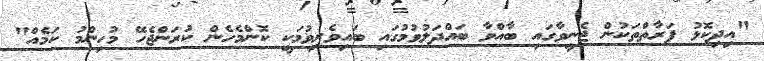
"އިދިކޮޅު ފަރާތްތަކުން ޖެނީވާގައި ބާއްވާ ބައްދަލުވުމުގައި ބައިވެރިވުމަކީ ކޮންމެހެން ކުރަންޖެހޭ މުހިންމު ކަމެއް"